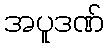
အပူဒဏ်